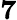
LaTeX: \boldsymbol{7}